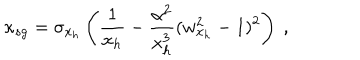
LaTeX: \kappa _ { s g } = \sigma _ { x _ { h } } \left( \frac { 1 } { x _ { h } } - \frac { \alpha ^ { 2 } } { x _ { h } ^ { 3 } } ( w _ { x _ { h } } ^ { 2 } - 1 ) ^ { 2 } \right) \ ,